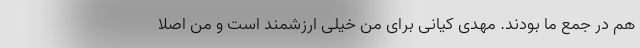
هم در جمع ما بودند. مهدی کیانی برای من خیلی ارزشمند است و من اصلا